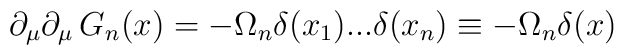
\partial_{\mu}\partial_{\mu}\,G_{n}(x)=-\Omega_{n}\delta(x_{1})...\delta(x_{n}) \equiv -\Omega_{n}\delta(x)